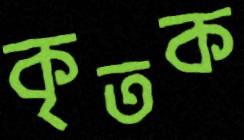
কৃতক